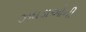
ઝઘડાઓની